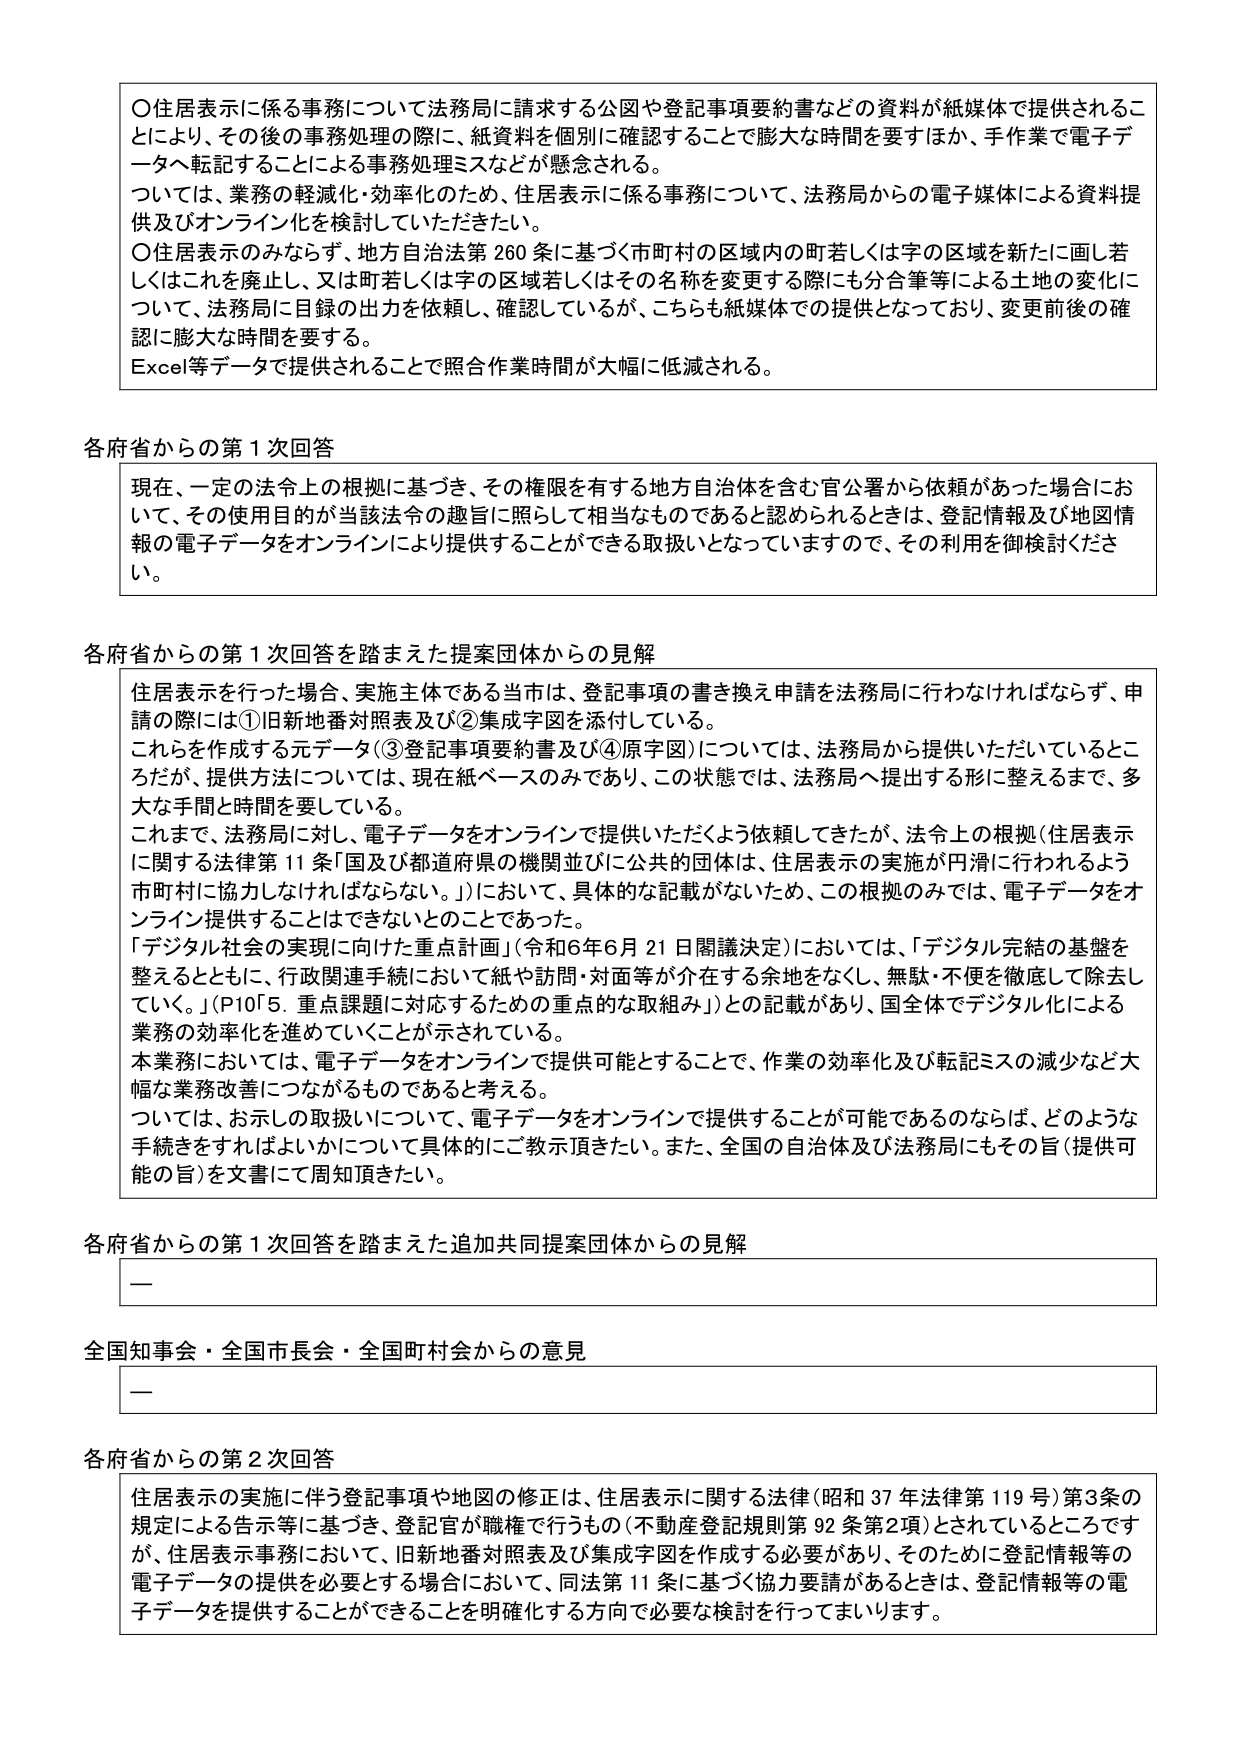
〇住居表示に係る事務について法務局に請求する公図や登記事項要約書などの資料が紙媒体で提供されることにより、その後の事務処理の際に、紙資料を個別に確認することで膨大な時間を要すほか、手作業で電子データへ転記することによる事務処理ミスなどが懸念される。
ついては、業務の軽減化・効率化のため、住居表示に係る事務について、法務局からの電子媒体による資料提供及びオンライン化を検討していただきたい。
〇住居表示のみならず、地方自治法第260条に基づく市町村の区域内の町若しくは字の区域を新たに画し若しくはこれを廃止し、又は町若しくは字の区域若しくはその名称を変更する際にも分合筆等による土地の変化について、法務局に目録の出力を依頼し、確認しているが、こちらも紙媒体での提供となっており、変更前後の確認に膨大な時間を要する。
Excel等データで提供されることで照合作業時間が大幅に低減される。

各府省からの第1次回答
現在、一定の法令上の根拠に基づき、その権限を有する地方自治体を含む官公署から依頼があった場合において、その使用目的が当該法令の趣旨に照らして相当なものであると認められるときは、登記情報及び地図情報の電子データをオンラインにより提供することができる取扱いとなっていますので、その利用を御検討ください。

各府省からの第1次回答を踏まえた提案団体からの見解
住居表示を行った場合、実施主体である当市は、登記事項の書き換え申請を法務局に行わなければならず、申請の際には①旧新地番対照表及び②集成字図を添付している。
これらを作成する元データ（③登記事項要約書及び④原字図）については、法務局から提供いただいているところだが、提供方法については、現在紙ベースのみであり、この状態では、法務局へ提出する形に整えるまで、多大な手間と時間を要している。
これまで、法務局に対し、電子データをオンラインで提供いただくよう依頼してきたが、法令上の根拠（住居表示に関する法律第11条「国及び都道府県の機関並びに公共の団体は、住居表示の実施が円滑に行われるよう市町村に協力しなければならない。」）において、具体的な記載がないため、この根拠のみでは、電子データをオンライン提供することはできないとのことであった。
「デジタル社会の実現に向けた重点計画」（令和6年6月21日閣議決定）においては、「デジタル完結の基盤を整えるとともに、行政関連手続において紙や訪問・対面等が介在する余地をなくし、無駄・不便を徹底して除去していく。」（P10「5. 重点課題に対応するための重点的な取組み」）との記載があり、国全体でデジタル化による業務の効率化を進めていくことが示されている。
本業務においては、電子データをオンラインで提供可能とすることで、作業の効率化及び転記ミスの減少など大幅な業務改善につながるものであると考える。
ついては、お示しの取扱いについて、電子データをオンラインで提供することが可能であるのならば、どのような手続きをすればよいかについて具体的にご教示頂きたい。また、全国の自治体及び法務局にもその旨（提供可能の旨）を文書にて周知頂きたい。

各府省からの第1次回答を踏まえた追加共同提案団体からの見解
—

全国知事会・全国市長会・全国町村会からの意見
—

各府省からの第2次回答
住居表示の実施に伴う登記事項や地図の修正は、住居表示に関する法律（昭和37年法律第119号）第3条の規定による告示等に基づき、登記官が職権で行うもの（不動産登記規則第92条第2項）とされているところですが、住居表示事務において、旧新地番対照表及び集成字図を作成する必要があり、そのために登記情報等の電子データの提供を必要とする場合において、同法第11条に基づく協力要請があるときは、登記情報等の電子データを提供することができることを明確化する方向で必要な検討を行ってまいります。